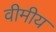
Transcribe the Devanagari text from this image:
वीमीय